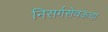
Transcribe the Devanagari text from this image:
निसर्गसेवकचा